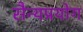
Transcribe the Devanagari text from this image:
सैन्यप्रयोग